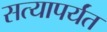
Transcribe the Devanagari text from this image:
सत्यापर्यंत